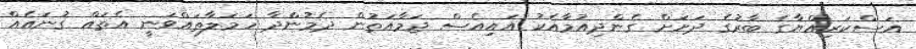
އަސްކަރިއްޔާގެ ބާރުގެ ދަށަށް ގެންދިއުމާއެކު އައިއެސް ޖަމާއަތުން ދެމުންދާ ހަމަލާތައްވަނީ އެތައް ގުނައެއް